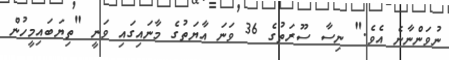
ނުވަންނާނެ އެވެ." ނިސާ ސޫރަތުގެ 36 ވަނަ އާޔަތުގެ މާނައިގައި ވަނީ "ތިޔަބައިމީހުން